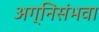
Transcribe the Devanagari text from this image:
अग्निसंभवा